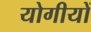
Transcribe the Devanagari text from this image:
योगीयों